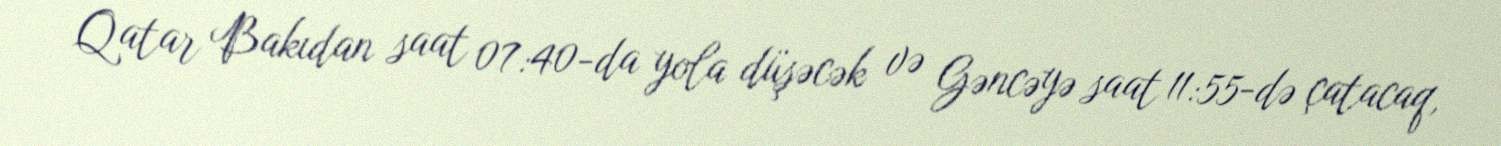
Qatar Bakıdan saat 07:40-da yola düşəcək və Gəncəyə saat 11:55-də çatacaq,